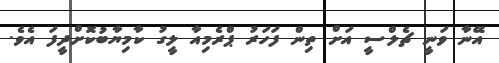
އޭނާ ވަނީ ޗެލްސީ އަށް ތިން ފަހަރު ޕްރެމިއާ ލީގު ކާމިޔާބުކޮށްދީފަ އެވެ.